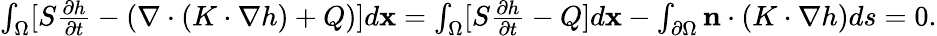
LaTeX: \begin{array}{r}{\int_{\Omega}[S\frac{\partial h}{\partial t}-(\nabla\cdot(K\cdot\nabla h)+Q)]d\mathbf{x}=\int_{\Omega}[S\frac{\partial h}{\partial t}-Q]d\mathbf{x}-\int_{\partial\Omega}\mathbf{n}\cdot(K\cdot\nabla h)ds=0.}\end{array}